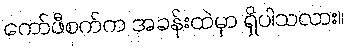
ကော်ဖီစက်က အခန်းထဲမှာ ရှိပါသလား။